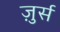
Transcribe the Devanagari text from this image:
ज़ुर्स